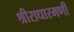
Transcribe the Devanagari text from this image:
श्रीराधारमणी